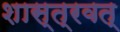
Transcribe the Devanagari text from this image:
शास्त्रवत्‌